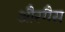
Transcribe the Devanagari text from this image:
औरगैस